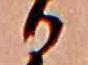
る